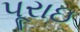
પૂરાઇ